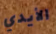
الأيدي